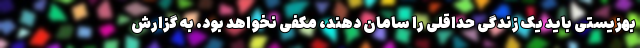
بهزیستی باید یک زندگی حداقلی را سامان دهند، مکفی نخواهد بود. به گزارش